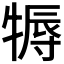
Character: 𤚾